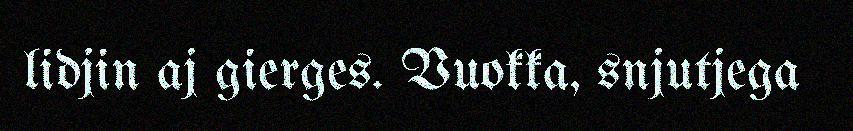
lidjin aj gierges. Vuokka, snjutjega